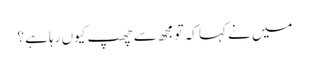
میں نے کہا کہ تو مجھ سے چھپ کیوں رہا ہے ؟